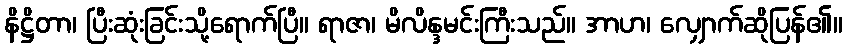
နိဋ္ဌိတာ၊ ပြီးဆုံးခြင်းသို့ရောက်ပြီ။ ရာဇာ၊ မိလိန္ဒမင်းကြီးသည်။ အာဟ၊ လျှောက်ဆိုပြန်၏။